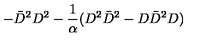
- \bar { D } ^ { 2 } D ^ { 2 } - { \frac { 1 } { \alpha } } ( D ^ { 2 } \bar { D } ^ { 2 } - D \bar { D } ^ { 2 } D )